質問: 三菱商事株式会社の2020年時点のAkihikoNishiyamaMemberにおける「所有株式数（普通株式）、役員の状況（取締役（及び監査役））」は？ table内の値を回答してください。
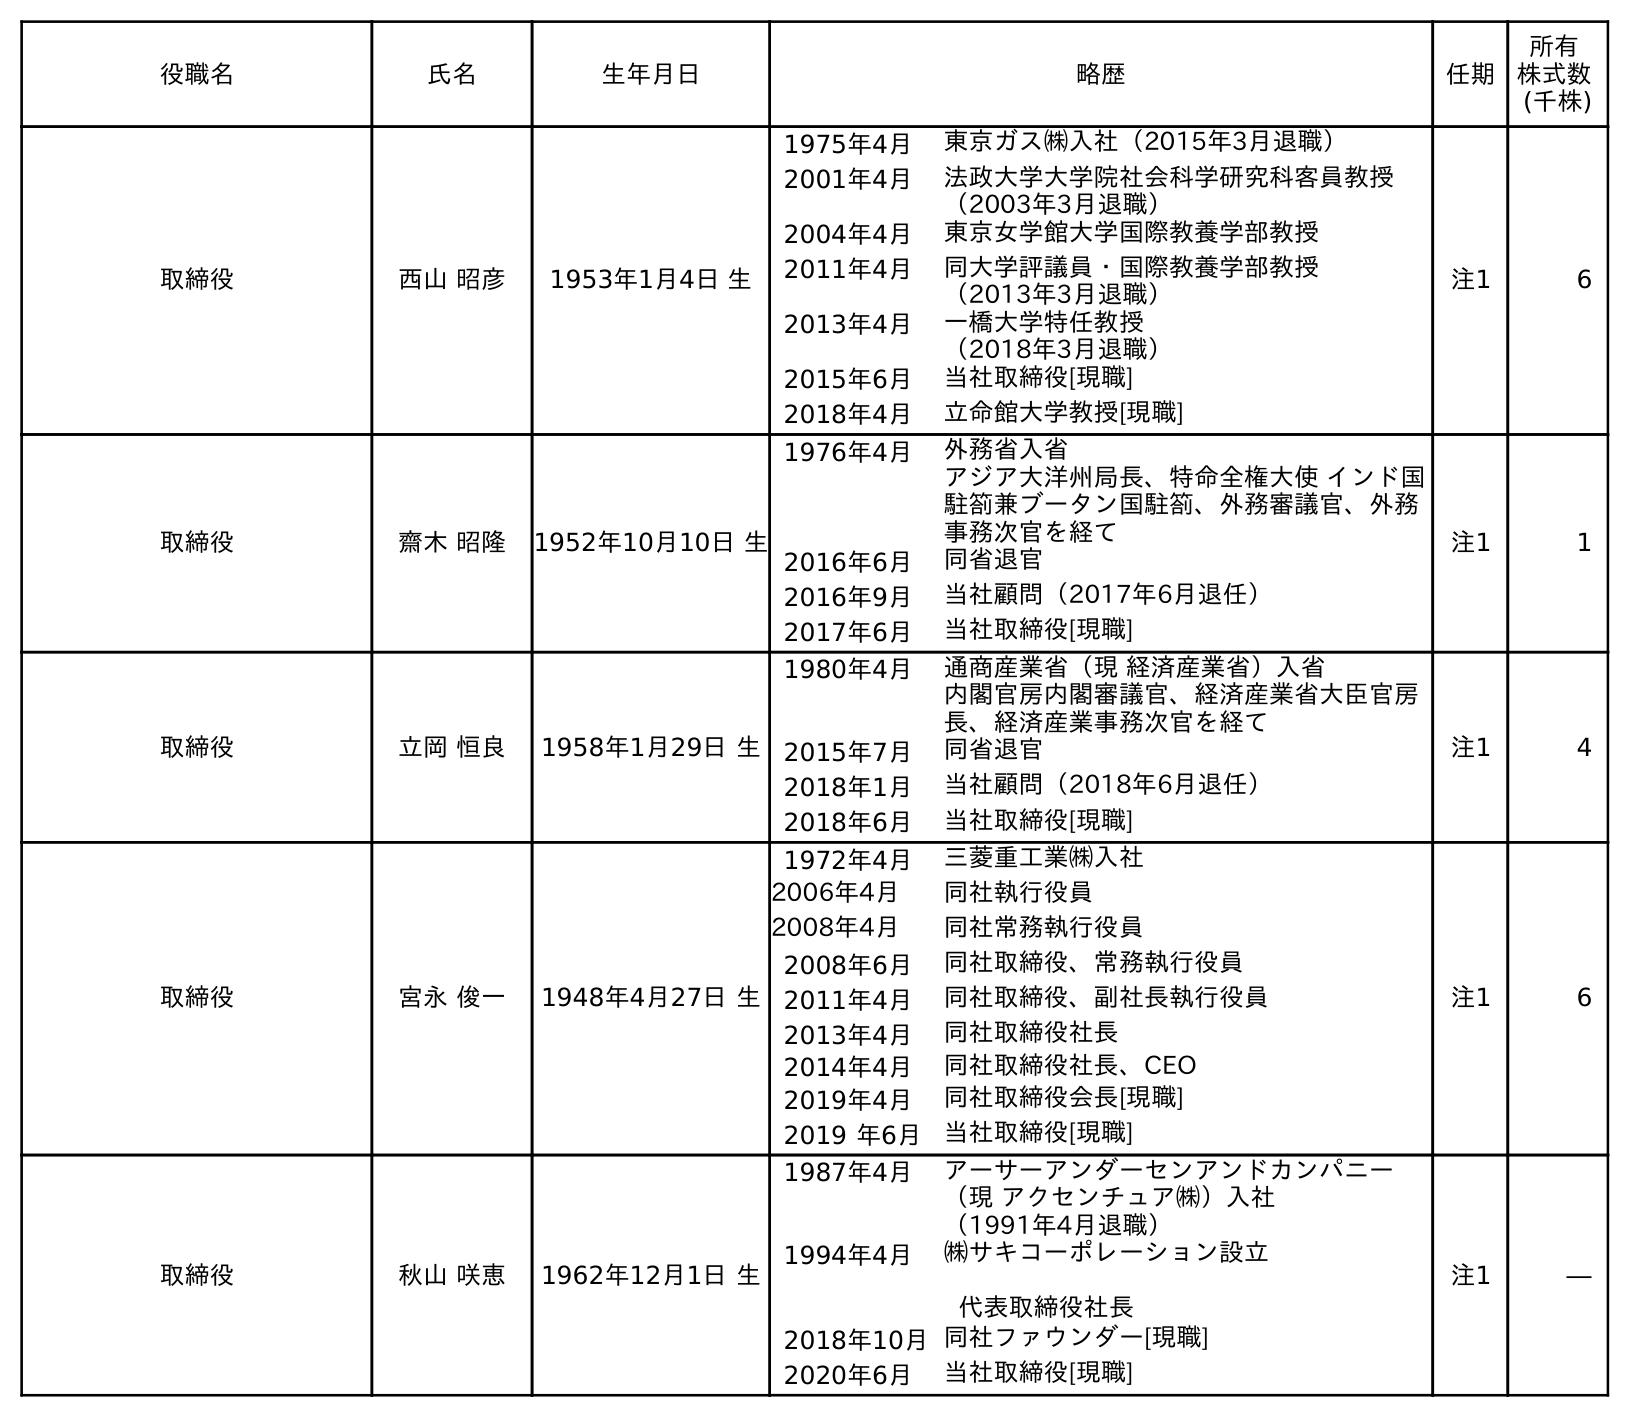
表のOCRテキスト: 役職名 氏名 生年月日 略歴 任期 所有 株式数 (千株) 取締役 西山 昭彦 1953年1月4日 生 1975年4月 東京ガス㈱入社（2015年3月退職） 2001年4月 法政大学大学院社会科学研究科客員教授 （2003年3月退職） 2004年4月 東京女学館大学国際教養学部教授 2011年4月 同大学評議員・国際教養学部教授 （2013年3月退職） 2013年4月 一橋大学特任教授 （2018年3月退職） 2015年6月 当社取締役[現職] 2018年4月 立命館大学教授[現職] 注1 6 取締役 齋木 昭隆 1952年10月10日 生 1976年4月 外務省入省 アジア大洋州局長、特命全権大使 インド国 駐箚兼ブータン国駐箚、外務審議官、外務 事務次官を経て 2016年6月 同省退官 2016年9月 当社顧問（2017年6月退任） 2017年6月 当社取締役[現職] 注1 1 取締役 立岡 恒良 1958年1月29日 生 1980年4月 通商産業省（現 経済産業省）入省 内閣官房内閣審議官、経済産業省大臣官房 長、経済産業事務次官を経て 2015年7月 同省退官 2018年1月 当社顧問（2018年6月退任） 2018年6月 当社取締役[現職] 注1 4 取締役 宮永 俊一 1948年4月27日 生 1972年4月 三菱重工業㈱入社 2006年4月 同社執行役員 2008年4月 同社常務執行役員 2008年6月 同社取締役、常務執行役員 2011年4月 同社取締役、副社長執行役員 2013年4月 同社取締役社長 2014年4月 同社取締役社長、CEO 2019年4月 同社取締役会長[現職] 2019 年6月 当社取締役[現職] 注1 6 取締役 秋山 咲恵 1962年12月1日 生 1987年4月 アーサーアンダーセンアンドカンパニー （現 アクセンチュア㈱）入社 （1991年4月退職） 1994年4月 ㈱サキコーポレーション設立 代表取締役社長 2018年10月同社ファウンダー[現職] 2020年6月 当社取締役[現職] 注1 ―
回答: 6